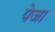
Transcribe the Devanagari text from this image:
पेजा